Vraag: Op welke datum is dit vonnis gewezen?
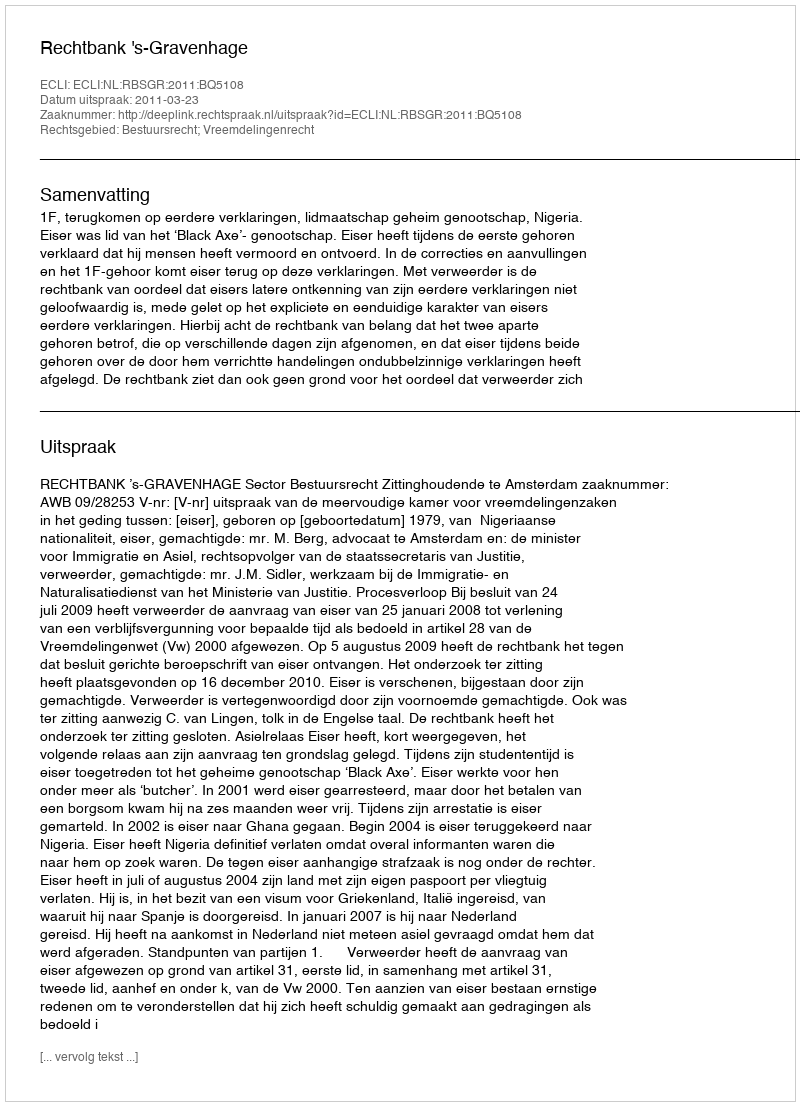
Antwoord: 2011-03-23